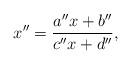
LaTeX: \begin{align*}x''=\frac{a''x+b''}{c''x+d''},\end{align*}